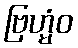
ဗြဟ္မံဝ